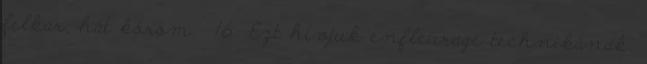
felkar, hát köröm. 16 Ezt hívjuk enfleurage technikának.